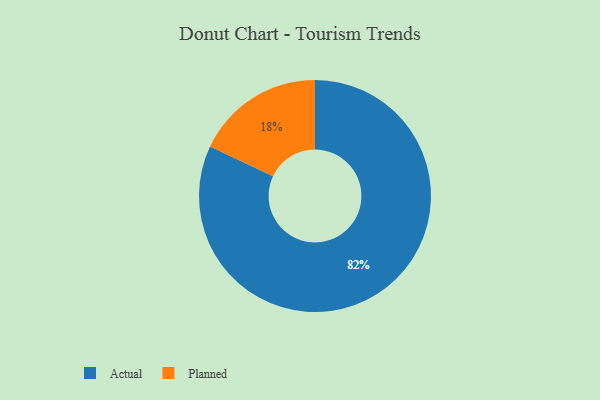
{"axis": {"x": "Category", "y": "Percentage"}, "legend": ["Actual", "Planned"], "data": [{"x": "Actual", "y": 82, "type": "Actual"}, {"x": "Planned", "y": 18, "type": "Planned"}]}